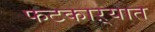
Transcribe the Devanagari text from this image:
फटकाऱ्यात